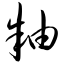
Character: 釉